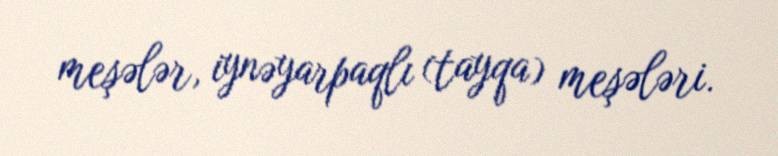
meşələr, iynəyarpaqlı (tayqa) meşələri.